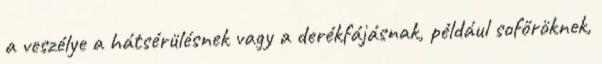
a veszélye a hátsérülésnek vagy a derékfájásnak, például sofőröknek,